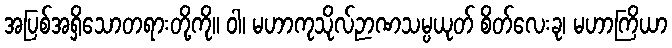
အပြစ်အရှိသောတရားတို့ကို။ ဝါ၊ မဟာကုသိုလ်ဉာဏသမ္ပယုတ် စိတ်လေးခု၊ မဟာကြိယာ